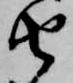
由